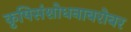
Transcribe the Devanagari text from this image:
कृषिसंशोधनाबरोबर